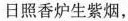
日照香炉生紫烟，